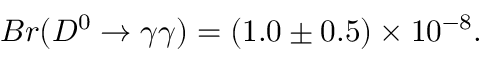
B r ( D ^ { 0 } \to \gamma \gamma ) = ( 1 . 0 \pm 0 . 5 ) \times 1 0 ^ { - 8 } .